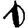
Digit: 1